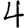
Digit: 4